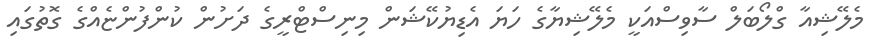
މެލޭޝިއާ ގްލޯބަލް ސާވިސްއަކީ މެލޭޝިޔާގެ ހަޔަ އެޑިޔުކޭޝަން މިނިސްޓްރީގެ ދަށުން ކުންފުންޏެއްގެ ގޮތުގައި